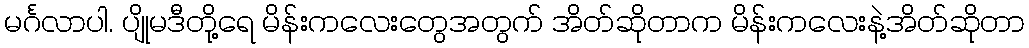
မင်္ဂလာပါ. ပျိုမဒီတို့ရေ မိန်းကလေးတွေအတွက် အိတ်ဆိုတာက မိန်းကလေးနဲ့အိတ်ဆိုတာ